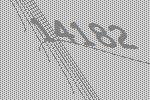
14182